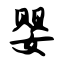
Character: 婴